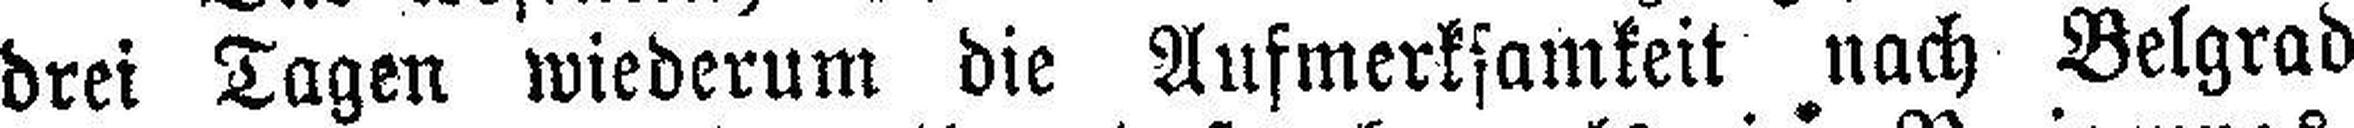
drei Tagen wiederum die Aufmerksamkeit nach Belgrad